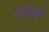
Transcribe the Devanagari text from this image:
ताराबे